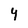
Character: 4